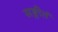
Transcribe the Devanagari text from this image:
सङ्गीतं